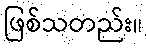
ဖြစ်သတည်း။